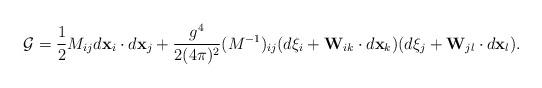
LaTeX: \begin{align*}{\cal G}=\frac{1}{2}M_{ij}d{\bf x}_i\cdot d{\bf x}_j+\frac{g^4}{2(4\pi)^2} (M^{-1})_{ij}(d\xi_i+{\bf W}_{ik}\cdot d{\bf x}_k)(d\xi_j+{\bf W}_{jl}\cdot d{\bf x}_l) .\end{align*}